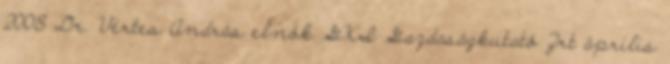
2008 Dr. Vértes András elnök GKI Gazdaságkutató Zrt április